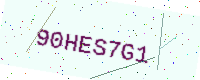
Text: 90HES7G1